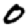
Digit: 0